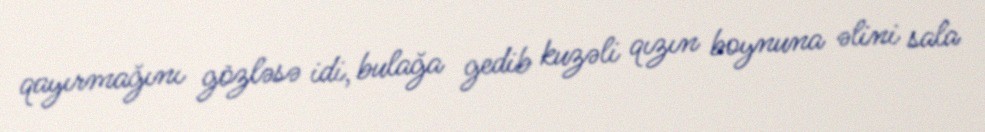
qayırmağını gözləsə idi, bulağa gedib kuzəli qızın boynuna əlini sala